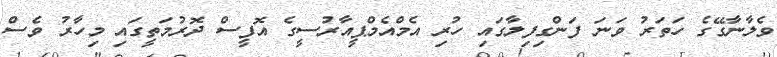
ވެލާނާގޭގެ ހަތަރު ވަނަ ފަންގިފިލާގައި ހުރި އެމްއެމްޕީއާރުސީގެ އޮފީސް ދޮރުމަތީގައި މިހާރު ވެސް